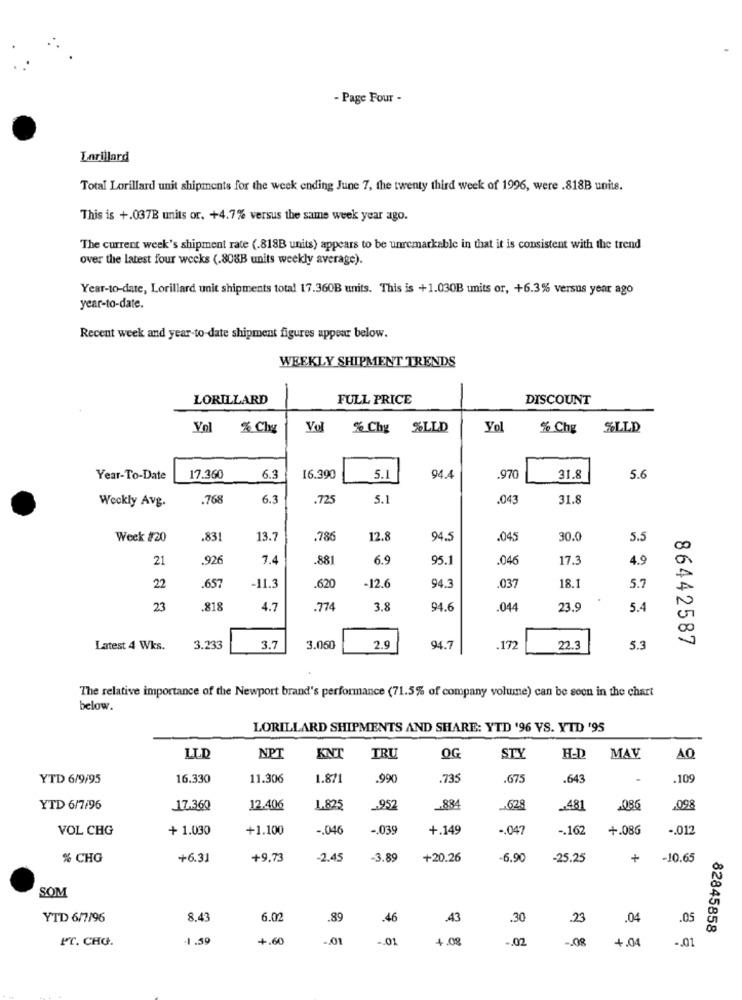
- Page Four -
Larillard
Total Lorillard unit shipments for the week ending June 7, the twenty third week of 1996, were .818B units.
This is +.037B units or, +4.7% versus the same week year ago.
The current week's shipment rate (.818B units) appears to be unremarkable in that it is consistent with the trend
over the latest four weeks (.808B units weekly average).
Year-to-date, Lorillard unit shipments total 17.360B units. This is +1.030B units or, +6.3% versus year ago
year-to-date.
Recent week and year-to-date shipment figures appear below.
WEEKLY SHIPMENT TRENDS
LORILLARD
FULL PRICE
DISCOUNT
Vol
% Chy
Vol
% Chy %LLD
Yol
% Chy
SLLD
Year-To-Date
17.360
6.3
16.390
5.1
94.4
.970
31.8
5.6
Weckly Avg.
.768
6.3
.725
5.1
.043
31.8
Week #20
.831
13.7
.786
12.8
94.5
.045
30.0
5.5
50
21
.926
7.4
.881
6.9
95.1
.046
17.3
4.9
657
18.1
22
-11.3
.620
-12.6
94.3
.037
5.7
N
23
.818
4.7
774
3.8
94.6
044
23.9
5.4
00
86442587
Latest 4 Wks.
3.233
3.7
3.060
2.9
94.7
.172
22.3
5.3
The relative importance of the Newport brand's performance (71.5% of company volume) can be seen in the chart
below.
LORILLARD SHIPMENTS AND SHARE: YTD '96 YS. YTD '95
LLD
NPT
KNT
TRU
OG
STY
H-D
MAV
AQ
YTD 6/9/95
16.330
11.306
1.871
.990
.735
.675
.643
.109
YTD 6/7/96
17.360
12.406
1.825
952
884
-628
.481
.098
VOL CHG
+ 1.030
+1.100
-. 04€
-. 039
+.149
.. 047
-. 162
+.086
-. 01
% CHG
+6.31
+9.73
-2.45
-3.89
+20.26
-6.90
-25.25
+
-10.65
SOM
YTD 6/7/96
8.43
6.02
.89
.46
.43
.30
.23
.04
.05
82845858
PT. CHG.
-1 .59
+.60
.01
-. 01
4.08
-. 02
-. 08
4.04
-. 01